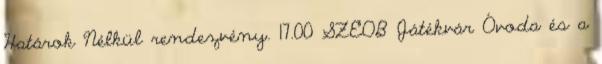
Határok Nélkül rendezvény. 17.00 SZEOB Játékvár Óvoda és a